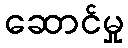
ဆောင်မှု